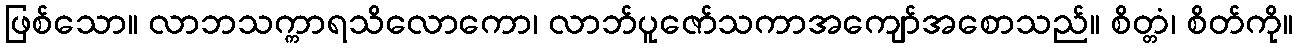
ဖြစ်သော။ လာဘသက္ကာရသိလောကော၊ လာဘ်ပူဇော်သကာအကျော်အစောသည်။ စိတ္တံ၊ စိတ်ကို။